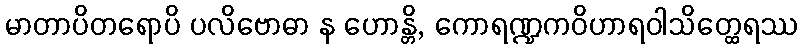
မာတာပိတရောပိ ပလိဗောဓာ န ဟောန္တိ, ကောရဏ္ဍကဝိဟာရဝါသိတ္ထေရဿ